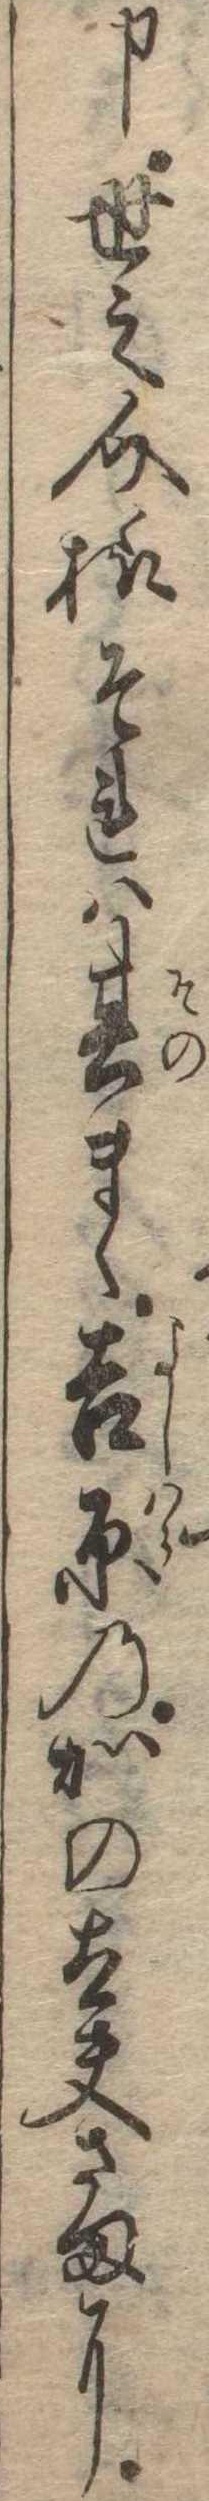
申世之介様それは其まゝ吉原のかの太夫さまに